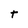
Character: t